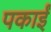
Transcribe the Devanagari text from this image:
पकाईं